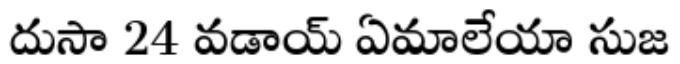
దుసా 24 వడాయ్ ఏమాలేయా సుజ